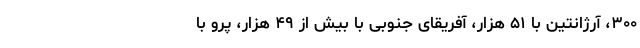
۳۰۰، آرژانتین با ۵۱ هزار، آفریقای جنوبی با بیش از ۴۹ هزار، پرو با